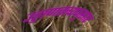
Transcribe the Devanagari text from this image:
उड्डाणतत्त्वानुसार